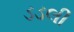
ડડલી